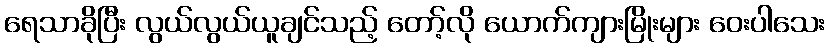
ရေသာခိုပြီး လွယ်လွယ်ယူချင်သည့် တော့်လို ယောက်ကျားမြိုးများ ဝေးပါသေး